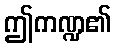
ဤကဏ္ဍ၏